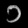
Digit: ၁